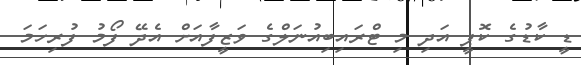
ޑީ ކާޑުގެ ކޮޕީ އަދި މި ޓްރައިބިއުނަލްގެ ވަޒީފާއަށް އެދޭ ފޯމު ފުރިހަމަ